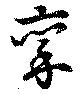
稟